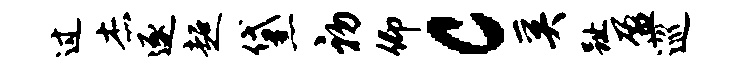
过杰逐超黛初仰c奚趾盈巡